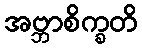
အဗ္ဘာစိက္ခတိ